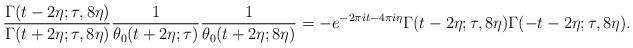
LaTeX: \begin{align*}\frac{\Gamma(t - 2\eta; \tau, 8\eta)}{\Gamma(t + 2 \eta; \tau, 8\eta)} \frac{1}{\theta_0(t + 2\eta; \tau)} \frac{1}{\theta_0(t + 2\eta; 8\eta)} = -e^{-2\pi i t - 4 \pi i \eta} \Gamma(t - 2\eta; \tau, 8\eta)\Gamma(-t - 2\eta; \tau, 8\eta).\end{align*}